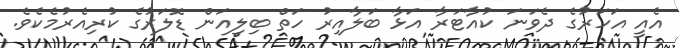
އެއީ އަހަރުގެ ދެވަނަ ކުއާޓަރާ އަޅާ ބަލާއިރު ހަތް ބިލިއަން ޑޮލަރުގެ ކުރިއެރުމެކެވެ.